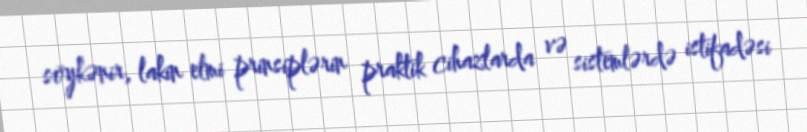
söykənir, lakin elmi prinsiplərin praktik cihazlarda və sistemlərdə istifadəsi